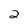
Character: 2